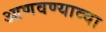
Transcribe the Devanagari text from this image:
आणवण्याव्चा